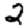
Digit: 2